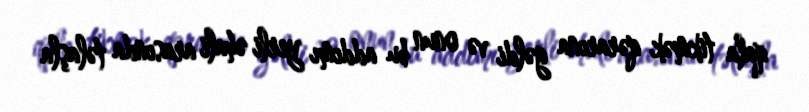
qala tikmək qərarına gəldi və onun bu addımı yerli əhali arasında təlaşla